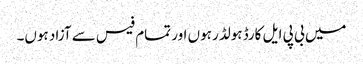
میں بی پی ایل کارڈ ہولڈر ہوں اور تمام فیس سے آزاد ہوں۔